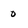
Character: 0